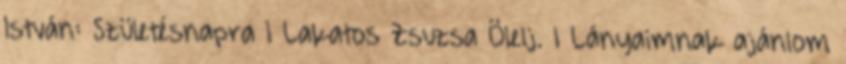
István: Születésnapra 1 Lakatos Zsuzsa Ölelj. 1 Lányaimnak ajánlom